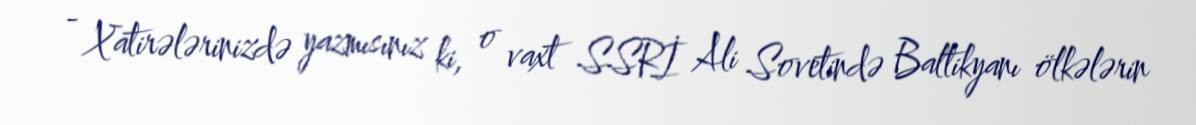
- Xatirələrinizdə yazmısınız ki, o vaxt SSRİ Ali Sovetində Baltikyanı ölkələrin